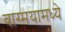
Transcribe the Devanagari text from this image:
वाग्मयामध्ये